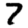
Digit: 7